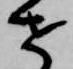
せ